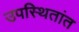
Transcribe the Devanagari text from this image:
उपस्थितांत